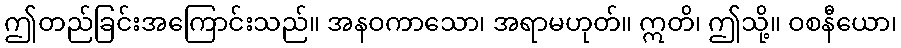
ဤတည်ခြင်းအကြောင်းသည်။ အနဝကာသော၊ အရာမဟုတ်။ ဣတိ၊ ဤသို့။ ဝစနီယော၊